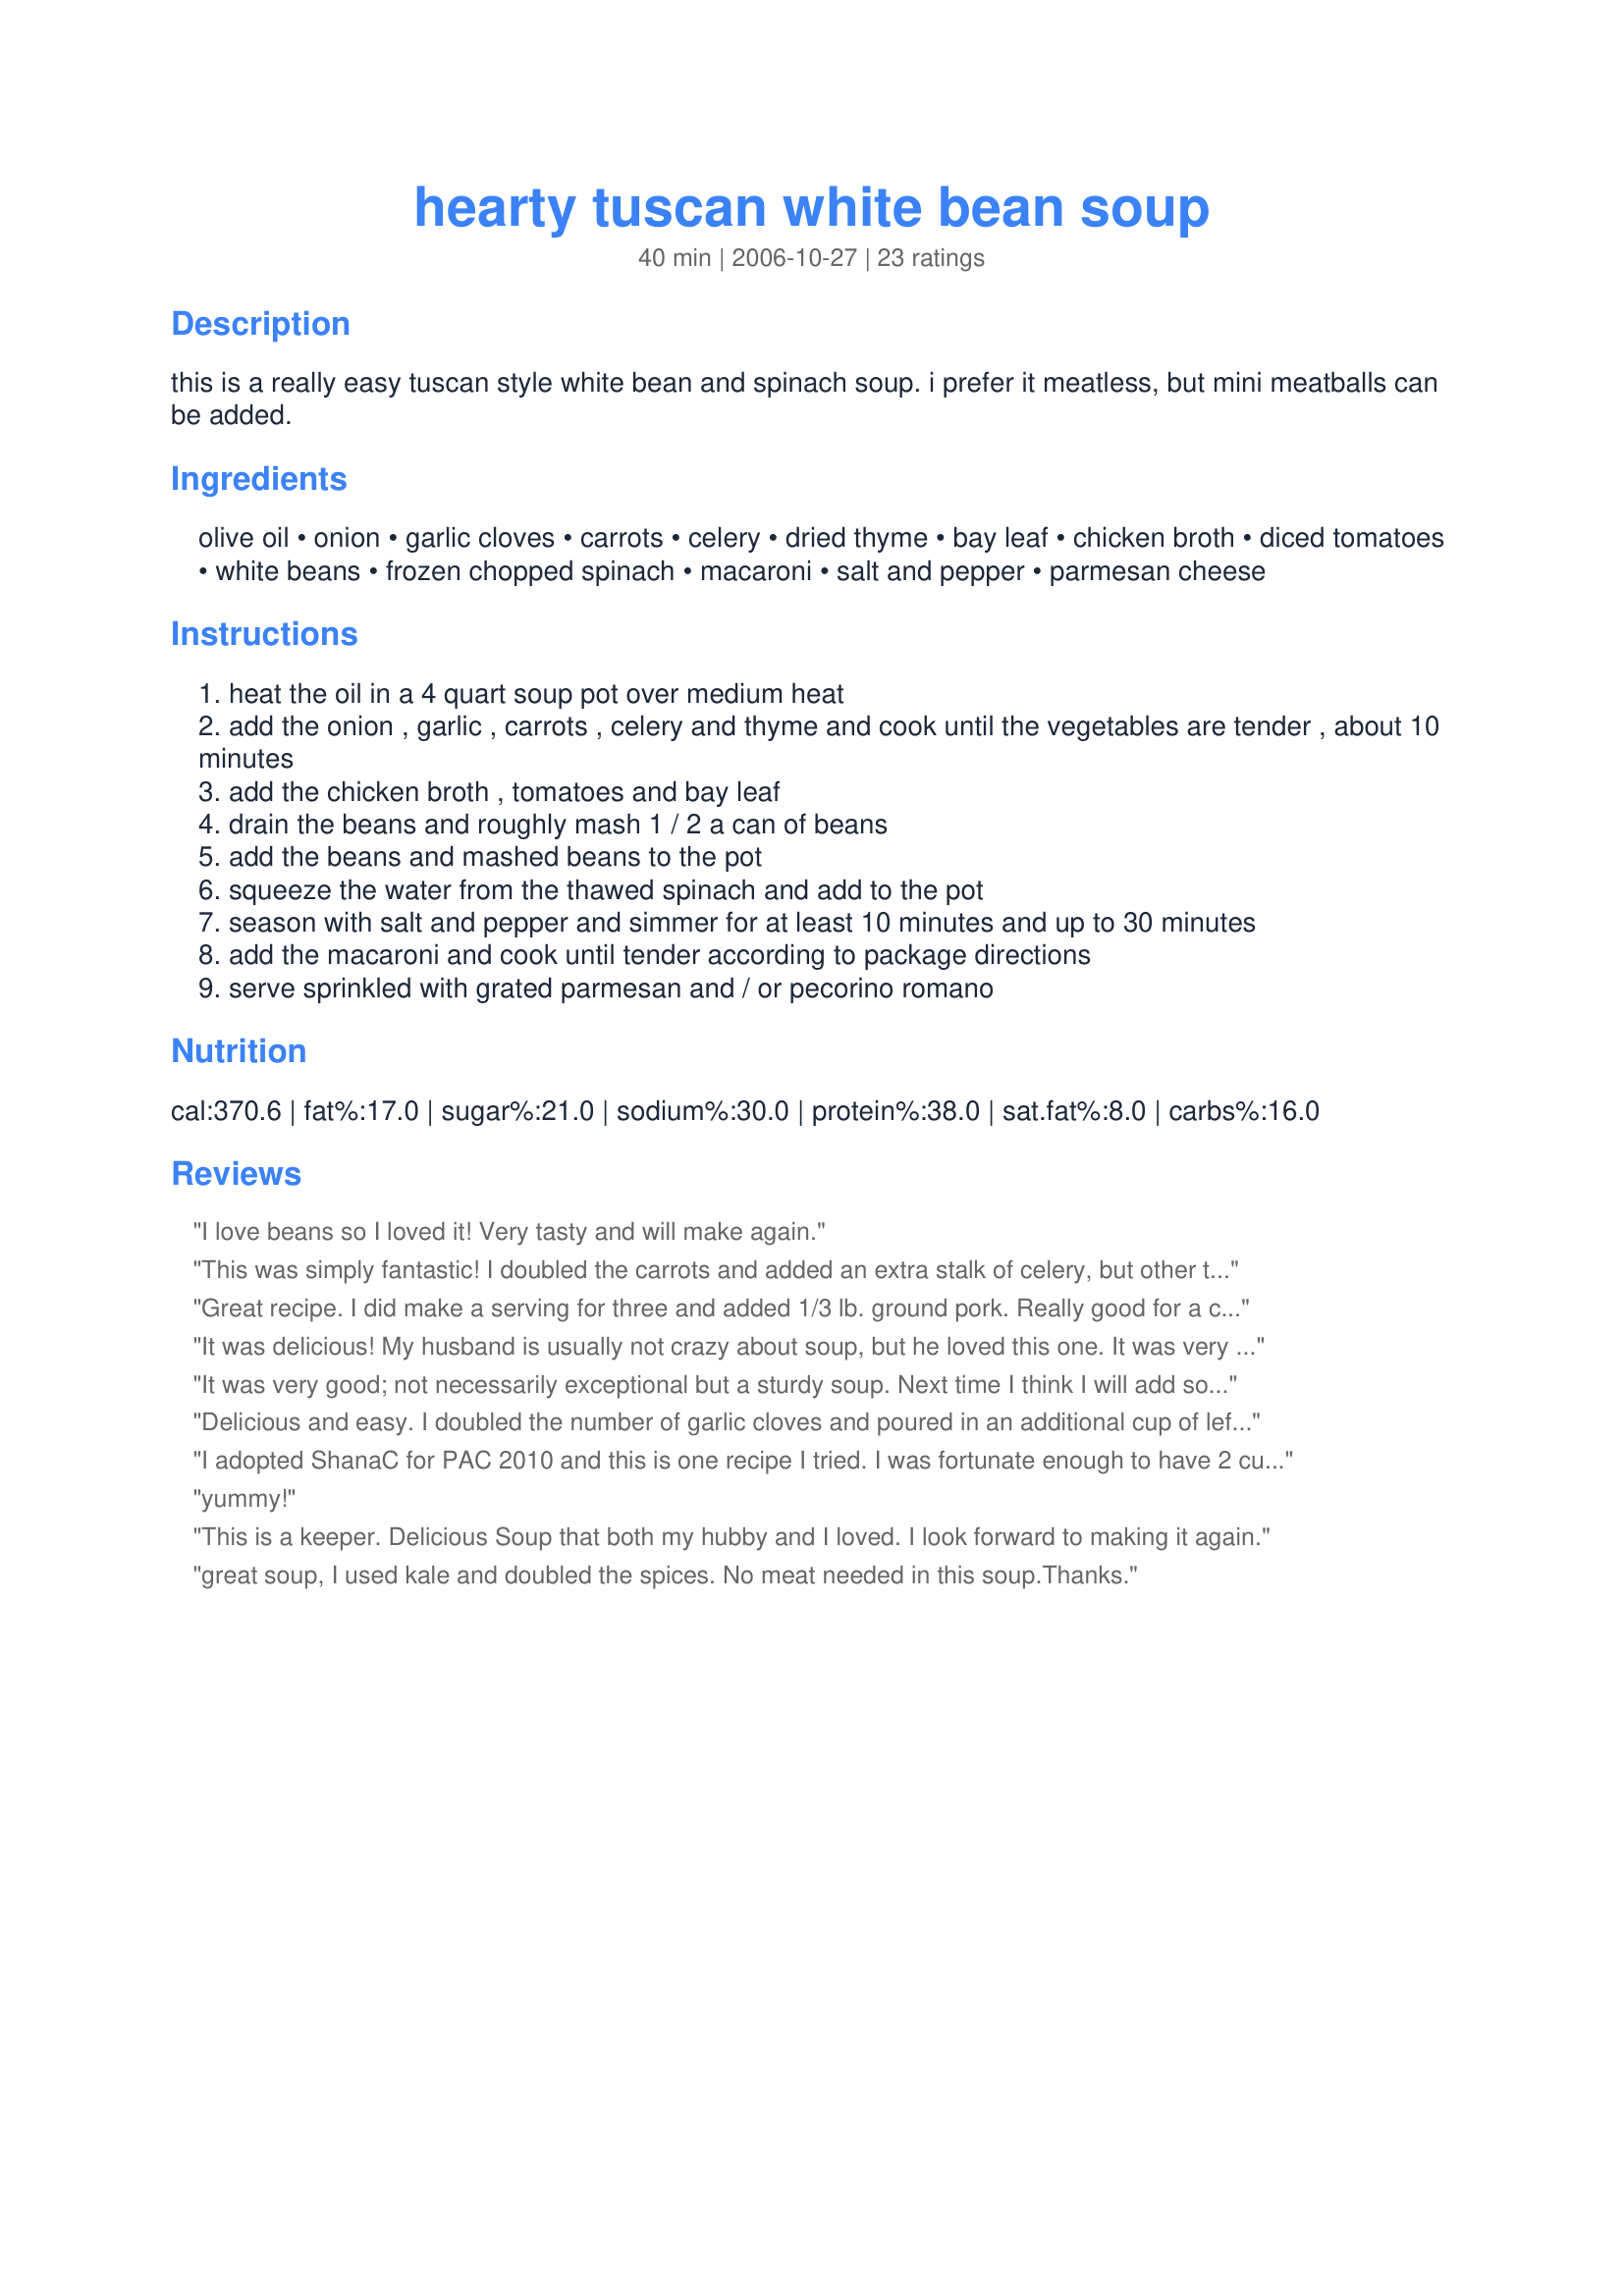
hearty tuscan white bean soup
Preparation time: 40 minutes

this is a really easy tuscan style white bean and spinach soup. i prefer it meatless, but mini meatballs can be added.

Ingredients:
olive oil, onion, garlic cloves, carrots, celery, dried thyme, bay leaf, chicken broth, diced tomatoes, white beans, frozen chopped spinach, macaroni, salt and pepper, parmesan cheese

Steps:
heat the oil in a 4 quart soup pot over medium heat
add the onion , garlic , carrots , celery and thyme and cook until the vegetables are tender , about 10 minutes
add the chicken broth , tomatoes and bay leaf
drain the beans and roughly mash 1 / 2 a can of beans
add the beans and mashed beans to the pot
squeeze the water from the thawed spinach and add to the pot
season with salt and pepper and simmer for at least 10 minutes and up to 30 minutes
add the macaroni and cook until tender according to package directions
serve sprinkled with grated parmesan and / or pecorino romano

Reviews:
I love beans so I loved it! Very tasty and will make again.
This was simply fantastic! I doubled the carrots and added an extra stalk of celery, but other than that, stayed true to the recipe. Simply delicious (and oh-so-healthy!). I served Recipe #69173 on the side and a sweet brown bread for dipping. Thank you, Shana, for a great recipe!
Great recipe. I did make a serving for three and added 1/3 lb. ground pork. Really good for a cool spring day.
It was delicious! My husband is usually not crazy about soup, but he loved this one. It was very easy to make and took no time at all. I added different vegetables to make it even more hearty and they tasted great.
It was very good; not necessarily exceptional but a sturdy soup. Next time I think I will add some meatballs.
Delicious and easy. I doubled the number of garlic cloves and poured in an additional cup of leftover homemade chicken soup that was sitting in the frige. I also added some curry powder because it seemed just a tad bland. It's delish!!
I adopted ShanaC for PAC 2010 and this is one recipe I tried. I was fortunate enough to have 2 cups of homemade chicken/vegetable broth in the fridge which worked perfectly for this soup. I didn't add extra liquid, as we tend to like our soup a bit thicker. I used a mixture of canned white beans and a bag of fresh spinach as I always have it on hand. As I like my spices, I increased the dried thyme to 1 tsp, the bay leaves to four and added a few drops of Tabasco. Thanks, ShanaC for an easy but tasty dish. I will be making this again!
yummy!
This is a keeper. Delicious Soup that both my hubby and I loved. I look forward to making it again.
great soup, I used kale and doubled the spices. No meat needed in this soup.<br/><br/>Thanks.
Oh so YUMMY!!!! I was one stalk of celery shy so I added an extra carrot. I increased the garlic to about 7 cloves, I used fresh baby spinach (chopped) and used chicken stock instead of broth. I also thawed some frozen meatballs to plop in this (for my kids). I was able to serve them up a bowl with meatballs and I ate mine without and it was SO filling! This was for lunch today and it makes WAY more than 6 (in my opinion). I hope this freezes well but I also look forward to having this for lunch again tomorrow. My kids loved it too!
The flavor of this soup was wonderful! My entire family really enjoyed it, even my 7 year old who questioned it because he saw spinach. He quickly realized how yummy it was! A great soup!
This was a wonderful soup. I used leftover <a href="/14410">Rosemary White Beans</a>, rather than canned beans, so they added an extra element of flavor. Except for adding extra garlic, I didn't make any other changes. Well, I did forget to serve sprinkled with cheese. :) Although the soup certainly didn't taste like it was missing anything, a little Parmigiano-Reggiano would have complemented the dish nicely...maybe next time. :) Thanks for posting this hearty, warming recipe!
Great, hearty soup for a cool fall evening or weekend. If I don't have spinach, I have also made it with kale and we think it is wonderful. Awesome with a nice loaf of crusty bread. Thanks for sharing.
I made this last night and it was so good! I bought a can of navy beans and a can of great northerns, just to have a little variety, but upon tasting the juice drained from the can (and I KNOW I'm not the only one who drinks it!) I found the navys had soooo much more flavor. Next time I'm going all navy beans, and we felt that we wanted more beans so I'm doin' three cans. Oh, and I'd recommend using a small pasta like ditalini, since whatever you use will swell up to twice it's normal cooked size. GREAT soup, Shana, thanks for posting!
This is very easy to make and quite nutritious. It is even better the next day. It is simple and you can taste all of the ingredients. Hubby and I both enjoyed it very much. Will definitely make this again.
Made this tonight for dinner - DH and I loved it. I did add mini meatballs and we thought it was probably better that way. Thanks for a keeper!
Very nice. I used my homemade turkey stock in place of chicken stock. Added some mushrooms for extra goodness. Otherwise made as written and mopped it up with some crusty bread. Thanks for a lovely dinner.
This is a KEEPER. I used fresh spinach, 3 cans of beans, 1 smashed, not drained and added a little more noodles, added some italian meatballs made of black bear. There was hardly any leftovers, thanks for a great recipe.
This soup was delicious! The only changes I made was to add an additional can of beans which I mashed up, and I left out the bay leaf and put in a little sage.
My husband and 13 year old loved it. Plenty of leftovers for the next day.
What a delicious hearty soup this is. I omitted the celery as hubby doesnt like it, added some basil and rosemary and used vegie stock rather than chicken broth. Absolutely delish! Hubby is not a big soup person and he loved it! Great with crusty bread! Thanks Shana.
Really good!!! I changed it up a bit based upon what I had in the pantry. I doubled the recipe, and had to use one can of green bean to make up the white beans. I didn't have enough tomatoes, so I used a can of chunky tomato soup. And I used rosemary instead of thyme, since I'm not a big thyme fan.
This was great, nice creamy texture from the beans. Freezes well.
Thanks
